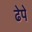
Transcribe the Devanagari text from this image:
ढेपे